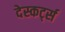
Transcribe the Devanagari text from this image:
देस्कर्ट्स